Leaving Certificate, 1900
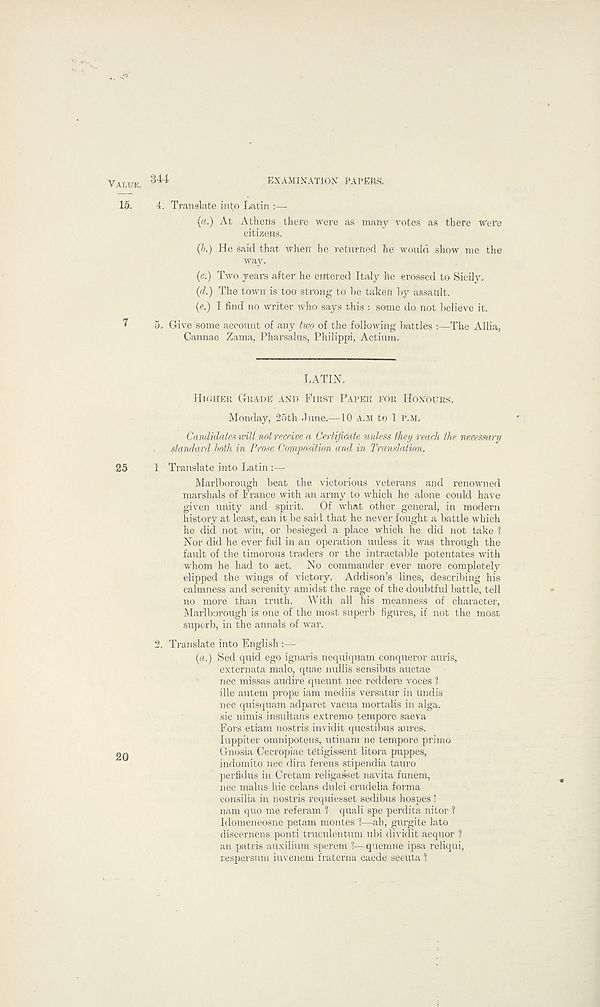
344
EXAMINATION PAPERS.
4. Translate into Latin •—-
{a.) At Athens there were as many votes as there were
citizens.
(b.) He said that when he returned he would show me the
way.
(c.) Two years after he entered Italy he crossed to Sicily.
(d.) The town is too strong to be taken by assault.
(e.) I find no writer who says this ; some do not believe it.
5. Give some account of any two of the following battles :—-The Allia,
Cannae Zama, Pharsalus, Philippi, Actium.
LATIN,
HIGHER GRADE AND FIRST PAPER FOR HONOURS.
Monday, 25th Line.—10 A.M to 1 P.M.
Candidates will not receive a Certifidate unless they reach the necessary
standard both in Prose Composition and in Translation.
I Translate into Latin :—
Marlborough beat the victorious veterans and renowned
marshals of France with an army to which he alone could have
given unity and spirit.
Of what other general, in modem
history at least, can it be said that he never fought a battle which
he did not win, or besieged a place which he did not take 1
Nor did he ever fail in an operation unless it was through the
fault of the timorous traders or the intractable potentates with
whom he had to act.
No commander ever more completely
clipped the wings of victory. Addison’s lines, describing his
calmness and serenity amidst the rage of the doubtful battle, tell
no more than truth. With all his meanness of character,
Marlborough is one of the most superb figures, if not the most
superb, in the annals of war.
2. Translate into English :—
(a.) Sed quid ego ignaris nequiquam conqueror auris,
externata malo, quae nullis sensibus auctae
nec missas audire queunt nee redd ere voces l
ille autem prope iam mediis versatur in undis
nec quisquam adparet vacua mortalis in alga,
sic nimis insultans extreme tempore saeva
Fors etiam nostris invidit questibus aures.
luppiter omnipotens, utinam ne tempore primo
Gnosia Cecropiae tetigissent litora puppes,
indomito nec dira ferens stipendia tauro
perfidus in Cretam religasset navita funem,
nec malus hie celans dulci crudelia forma
consilia in nostris requiesset sedibus hospes !
nam quo me referam 1 quali spe perdita nilor ?
Idomeneosne petam montes 1—ah, gurgite lato
discernens ponti truculentum ubi dividit aequor 1
an patris auxilium sperem 1—quemne ipsa reliqui,
respei'sum iuvenem fraterna caede secuta 1